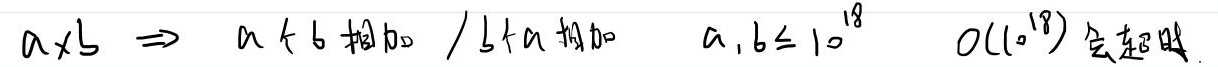
若\(a\times b\)，则分两种情况：当\(a < b\)时进行相加操作；当\(b < a\)时也进行相加操作。并且\(a,b\leq 10^{18}\) ，以\(O(10^{18})\)的时间复杂度会超时。